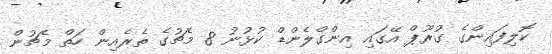
ކޮލިފައިންގެ ގުުރޫޕް އޭގައި އިންގްލެންޑް ކުޅުނު 8 މެޗުގެ ތެރެއިން ހަތް މެޗުން